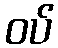
ဝပ်